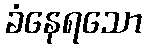
ခံနေရသော